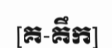
[គ-គឹក]